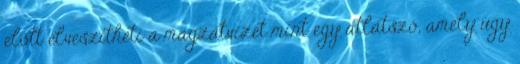
előtt elveszítheti a magzatvizet mint egy átlátszó, amely úgy